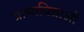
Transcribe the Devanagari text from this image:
प्राच्यविद्याओं